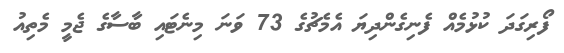
ފޯރިގަދަ ކުޅުމެއް ފެނިގެންދިޔަ އެމެޗުގެ 73 ވަނަ މިނެޓައި ބާސާގެ ޖެމީ މެތިއު